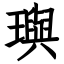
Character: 璵